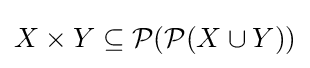
X\times Y\subseteq {\mathcal {P}}({\mathcal {P}}(X\cup Y))